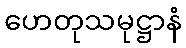
ဟေတုသမုဋ္ဌာနံ